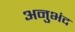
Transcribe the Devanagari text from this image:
अनुभंद